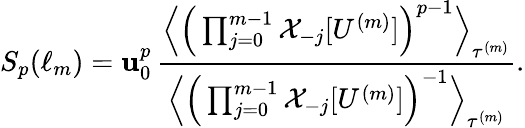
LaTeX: S_{p}(\ell_{m})=\mathbf{u}_{0}^{p}\, \frac{{\Big\langle\Big(\prod_{j=0}^{m-1}\mathcal{{X}}_{-j}[U^{(m)}]\Big)^{p-1}\Big\rangle_{\tau^{(m)}}}}{{\Big\langle\Big(\prod_{j=0}^{m-1}\mathcal{{X}}_{-j}[U^{(m)}]\Big)^{-1}\Big\rangle_{\tau^{(m)}}}}.